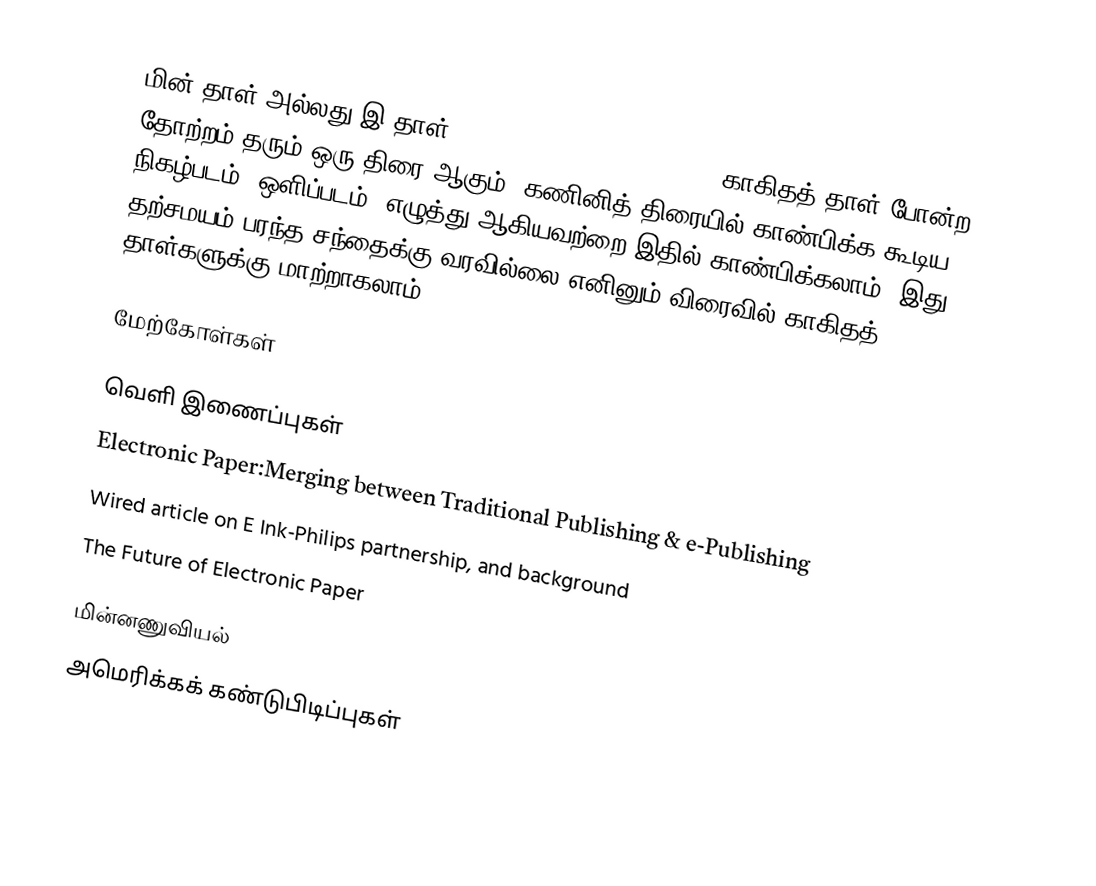
மின் தாள் அல்லது இ-தாள் (Electronic paper, e-paper) காகிதத் தாள் போன்ற தோற்றம் தரும் ஒரு திரை ஆகும். கணினித் திரையில் காண்பிக்க கூடிய நிகழ்படம், ஒளிப்படம், எழுத்து ஆகியவற்றை இதில் காண்பிக்கலாம். இது தற்சமயம் பரந்த சந்தைக்கு வரவில்லை எனினும் விரைவில் காகிதத் தாள்களுக்கு மாற்றாகலாம்.

மேற்கோள்கள்

வெளி இணைப்புகள்
 Electronic Paper:Merging between Traditional Publishing & e-Publishing
 Wired article on E Ink-Philips partnership, and background
 The Future of Electronic Paper

மின்னணுவியல்
அமெரிக்கக் கண்டுபிடிப்புகள்